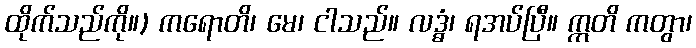
ထိုက်သည်ကို။) ကရောတိ၊ မေ၊ ငါသည်။ လဒ္ဓံ၊ ရအပ်ပြီ။ ဣတိ ကတွာ၊